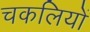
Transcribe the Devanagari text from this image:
चकलियों